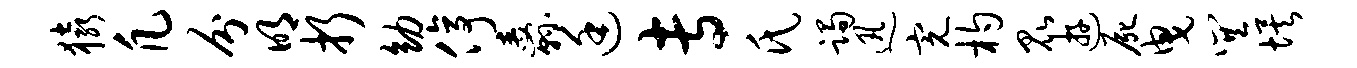
猿凡分明折幼停纛廷专氏躅迅完杓昆游尸曳巽埃